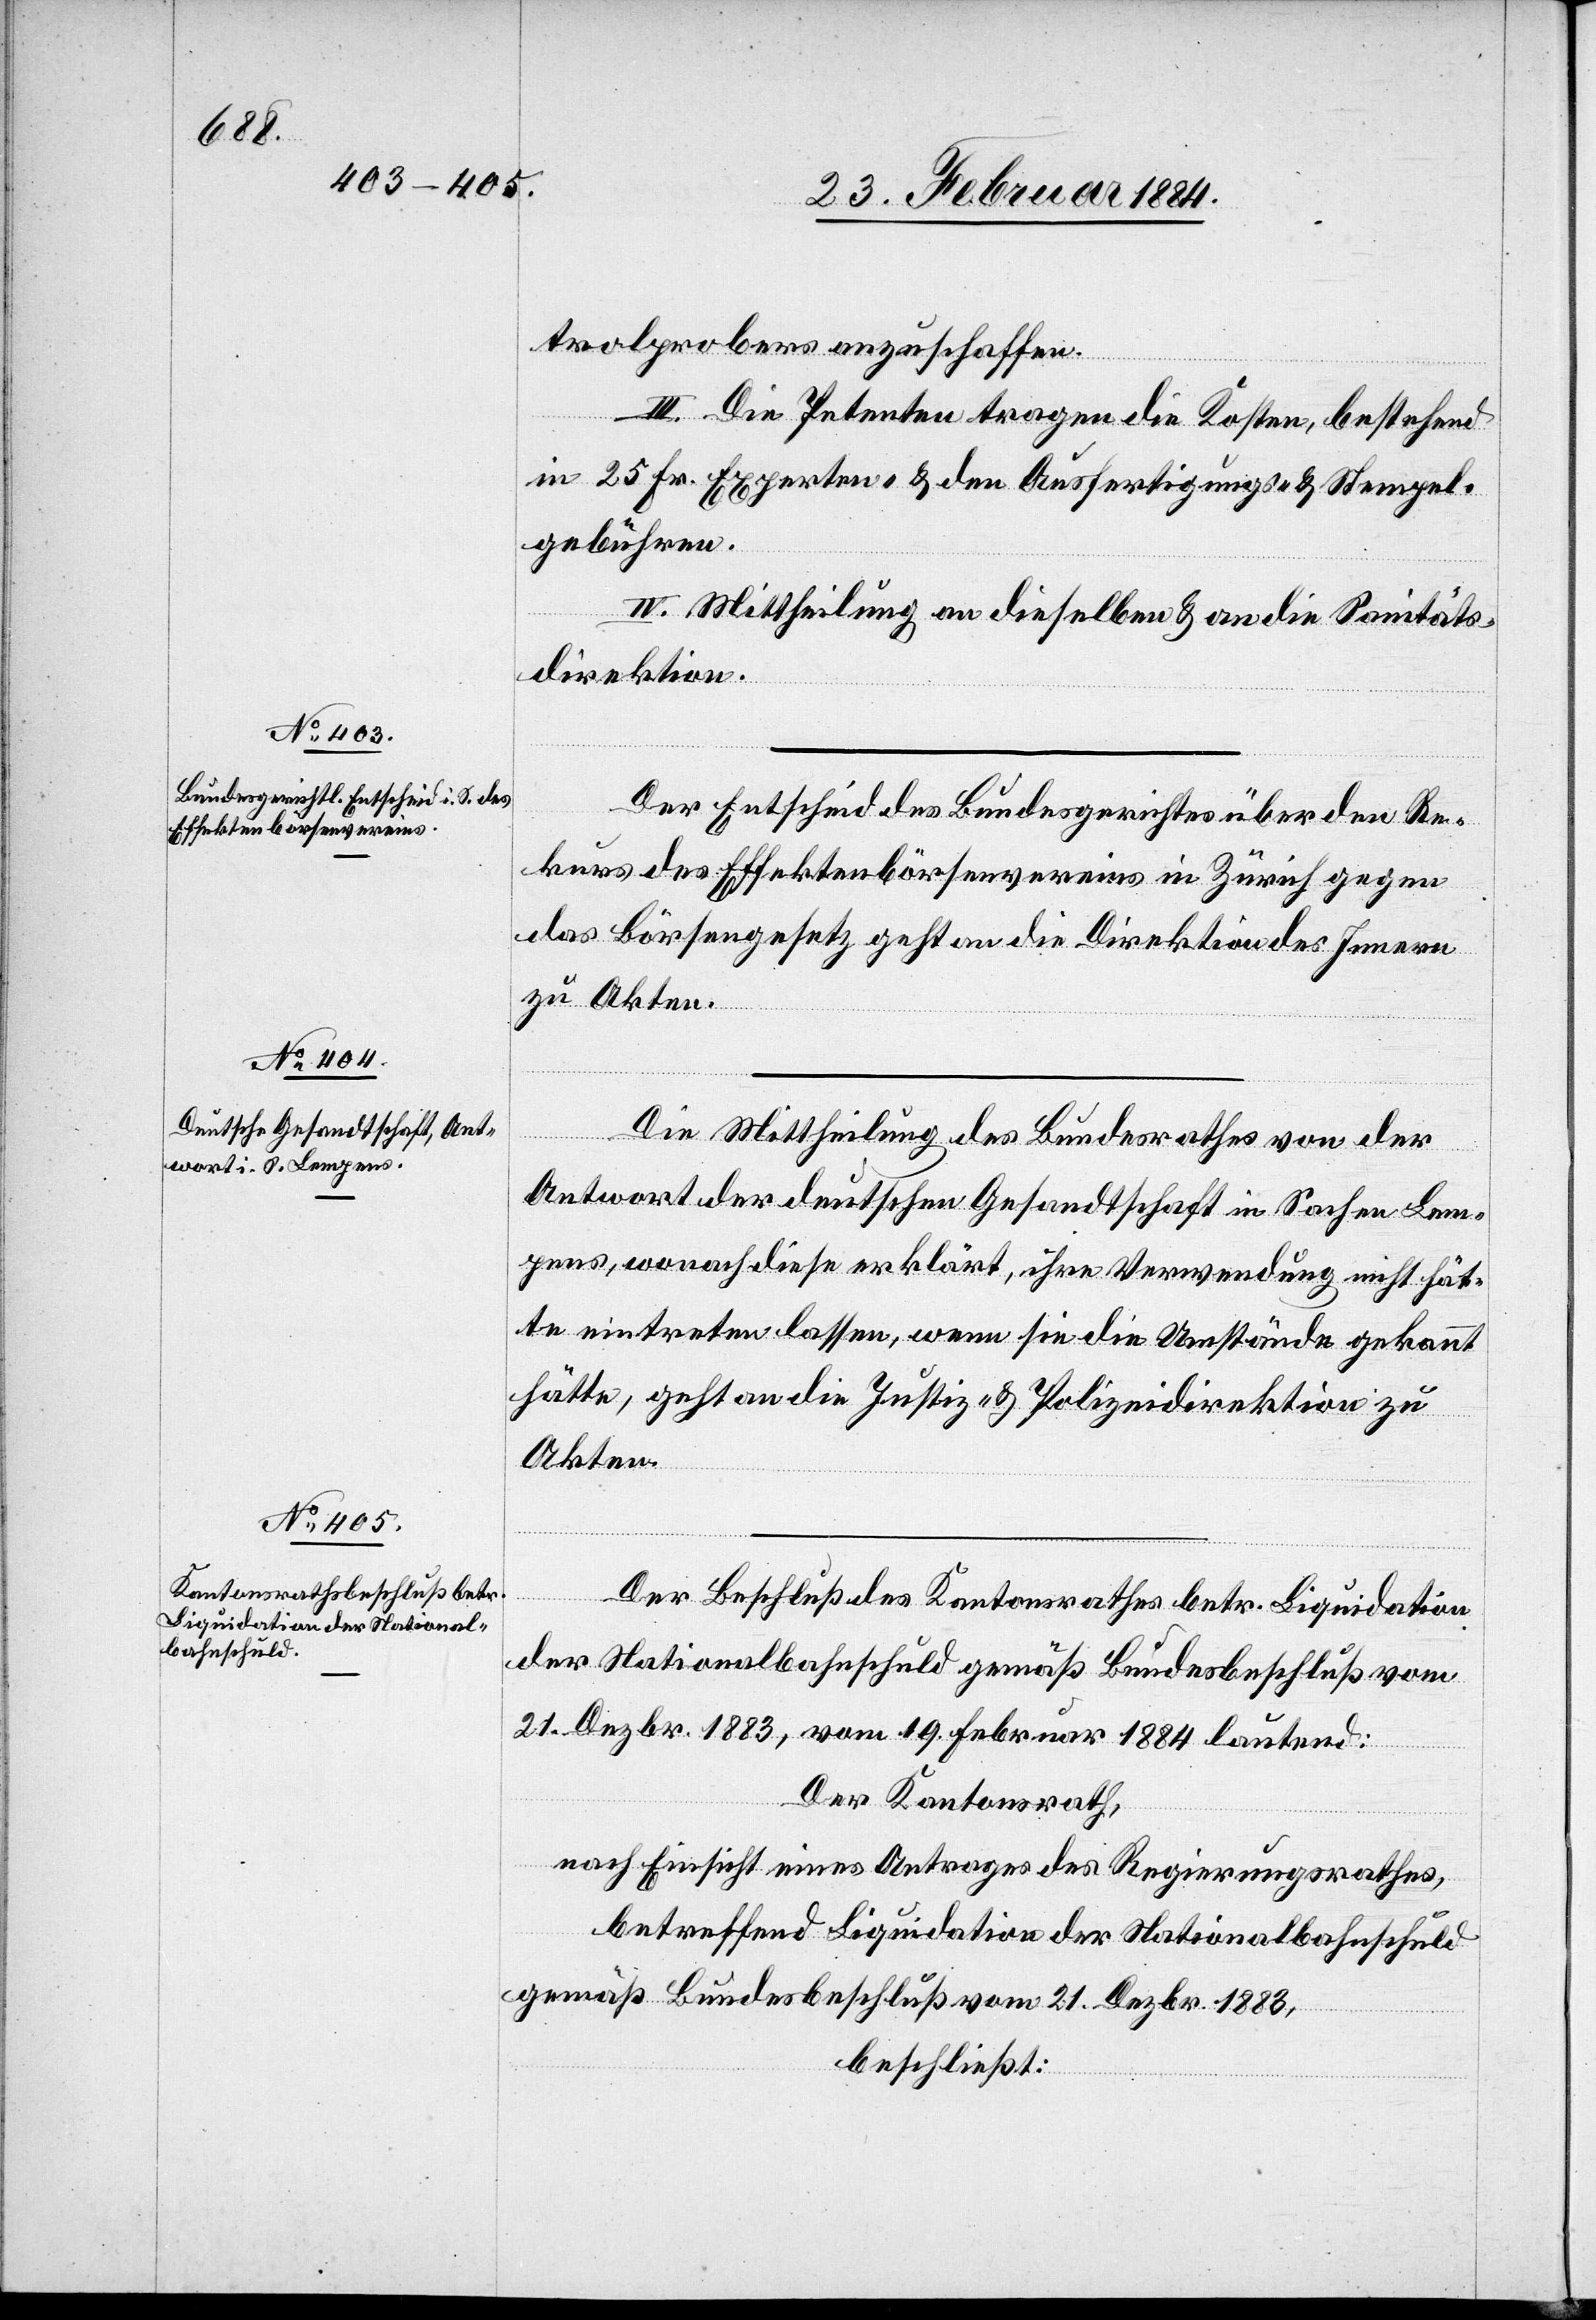
trolprobers anzuschaffen.
III. Die Petenten tragen die Kosten, bestehend
in 25 Fr. Experten- & den Ausfertigungs- & Stempel¬
gebühren.
IV. Mittheilung an dieselben & an die Sanitäts¬
direktion.
Der Entscheid des Bundesgerichtes über den Re¬
kurs des Effektenbörsenvereins in Zürich gegen
das Börsengesetz geht an die Direktion des Innern
zu Akten.
Die Mittheilung des Bundesrathes von der
Antwort der deutschen Gesandtschaft in Sachen Lem¬
pens, wonach diese erklärt, daß sie ihre Verwendung nicht hät¬
te eintreten lassen, wenn sie die Umstände gekannt
hätte, geht an die Justiz- & Polizeidirektion zu
Akten.
Der Beschluß des Kantonsrathes betr. Liquidation
der Nationalbahnschuld gemäß Bundesbeschluß vom
21. Dezbr. 1883, vom 19. Februar 1884 lautend:
Der Kantonsrath,
nach Einsicht eines Antrages des Regierungsrathes,
betreffend Liquidation der Nationalbahnschuld
gemäß Bundesbeschluß vom 21. Dezbr. 1883,
beschließt: